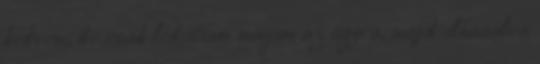
kedvem, de csak ledobtam magam az ágyra, majd elhasalva